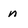
Character: n